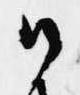
候